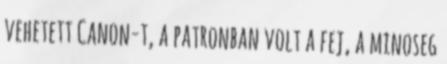
vehetett Canon-t, a patronban volt a fej, a minoseg